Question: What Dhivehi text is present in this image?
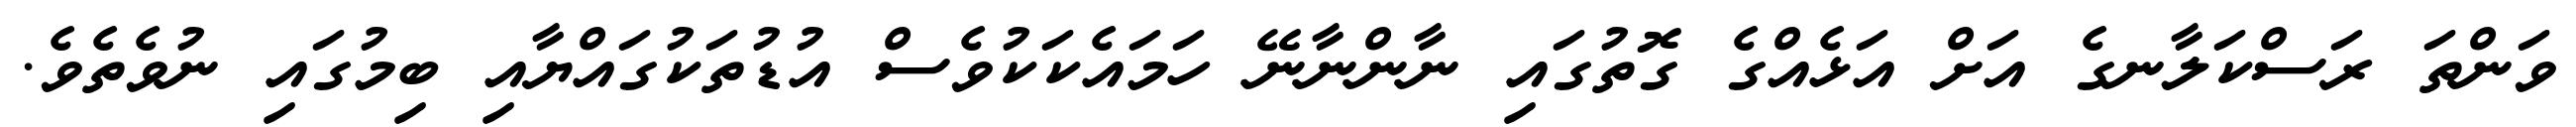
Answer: ވަންތަ ރަސްކަލާނގެ އަށް އަޅެއްގެ ގޮތުގައި ނާންނާނޭ ހަމައެކަކުވެސް އުޑުތަކުގައްޔާއި ބިމުގައި ނުވެތެވެ.